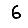
Digit: 6